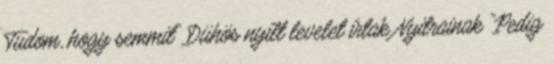
Tudom, hogy semmit" Dühös nyílt levelet írtak Nyitrainak "Pedig